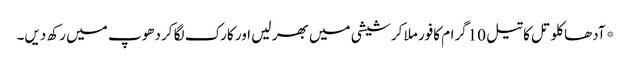
*آدھا کلو تل کا تیل 10گرام کافور ملا کر شیشی میں بھر لیں اور کارک لگا کر دھوپ میں رکھ دیں۔